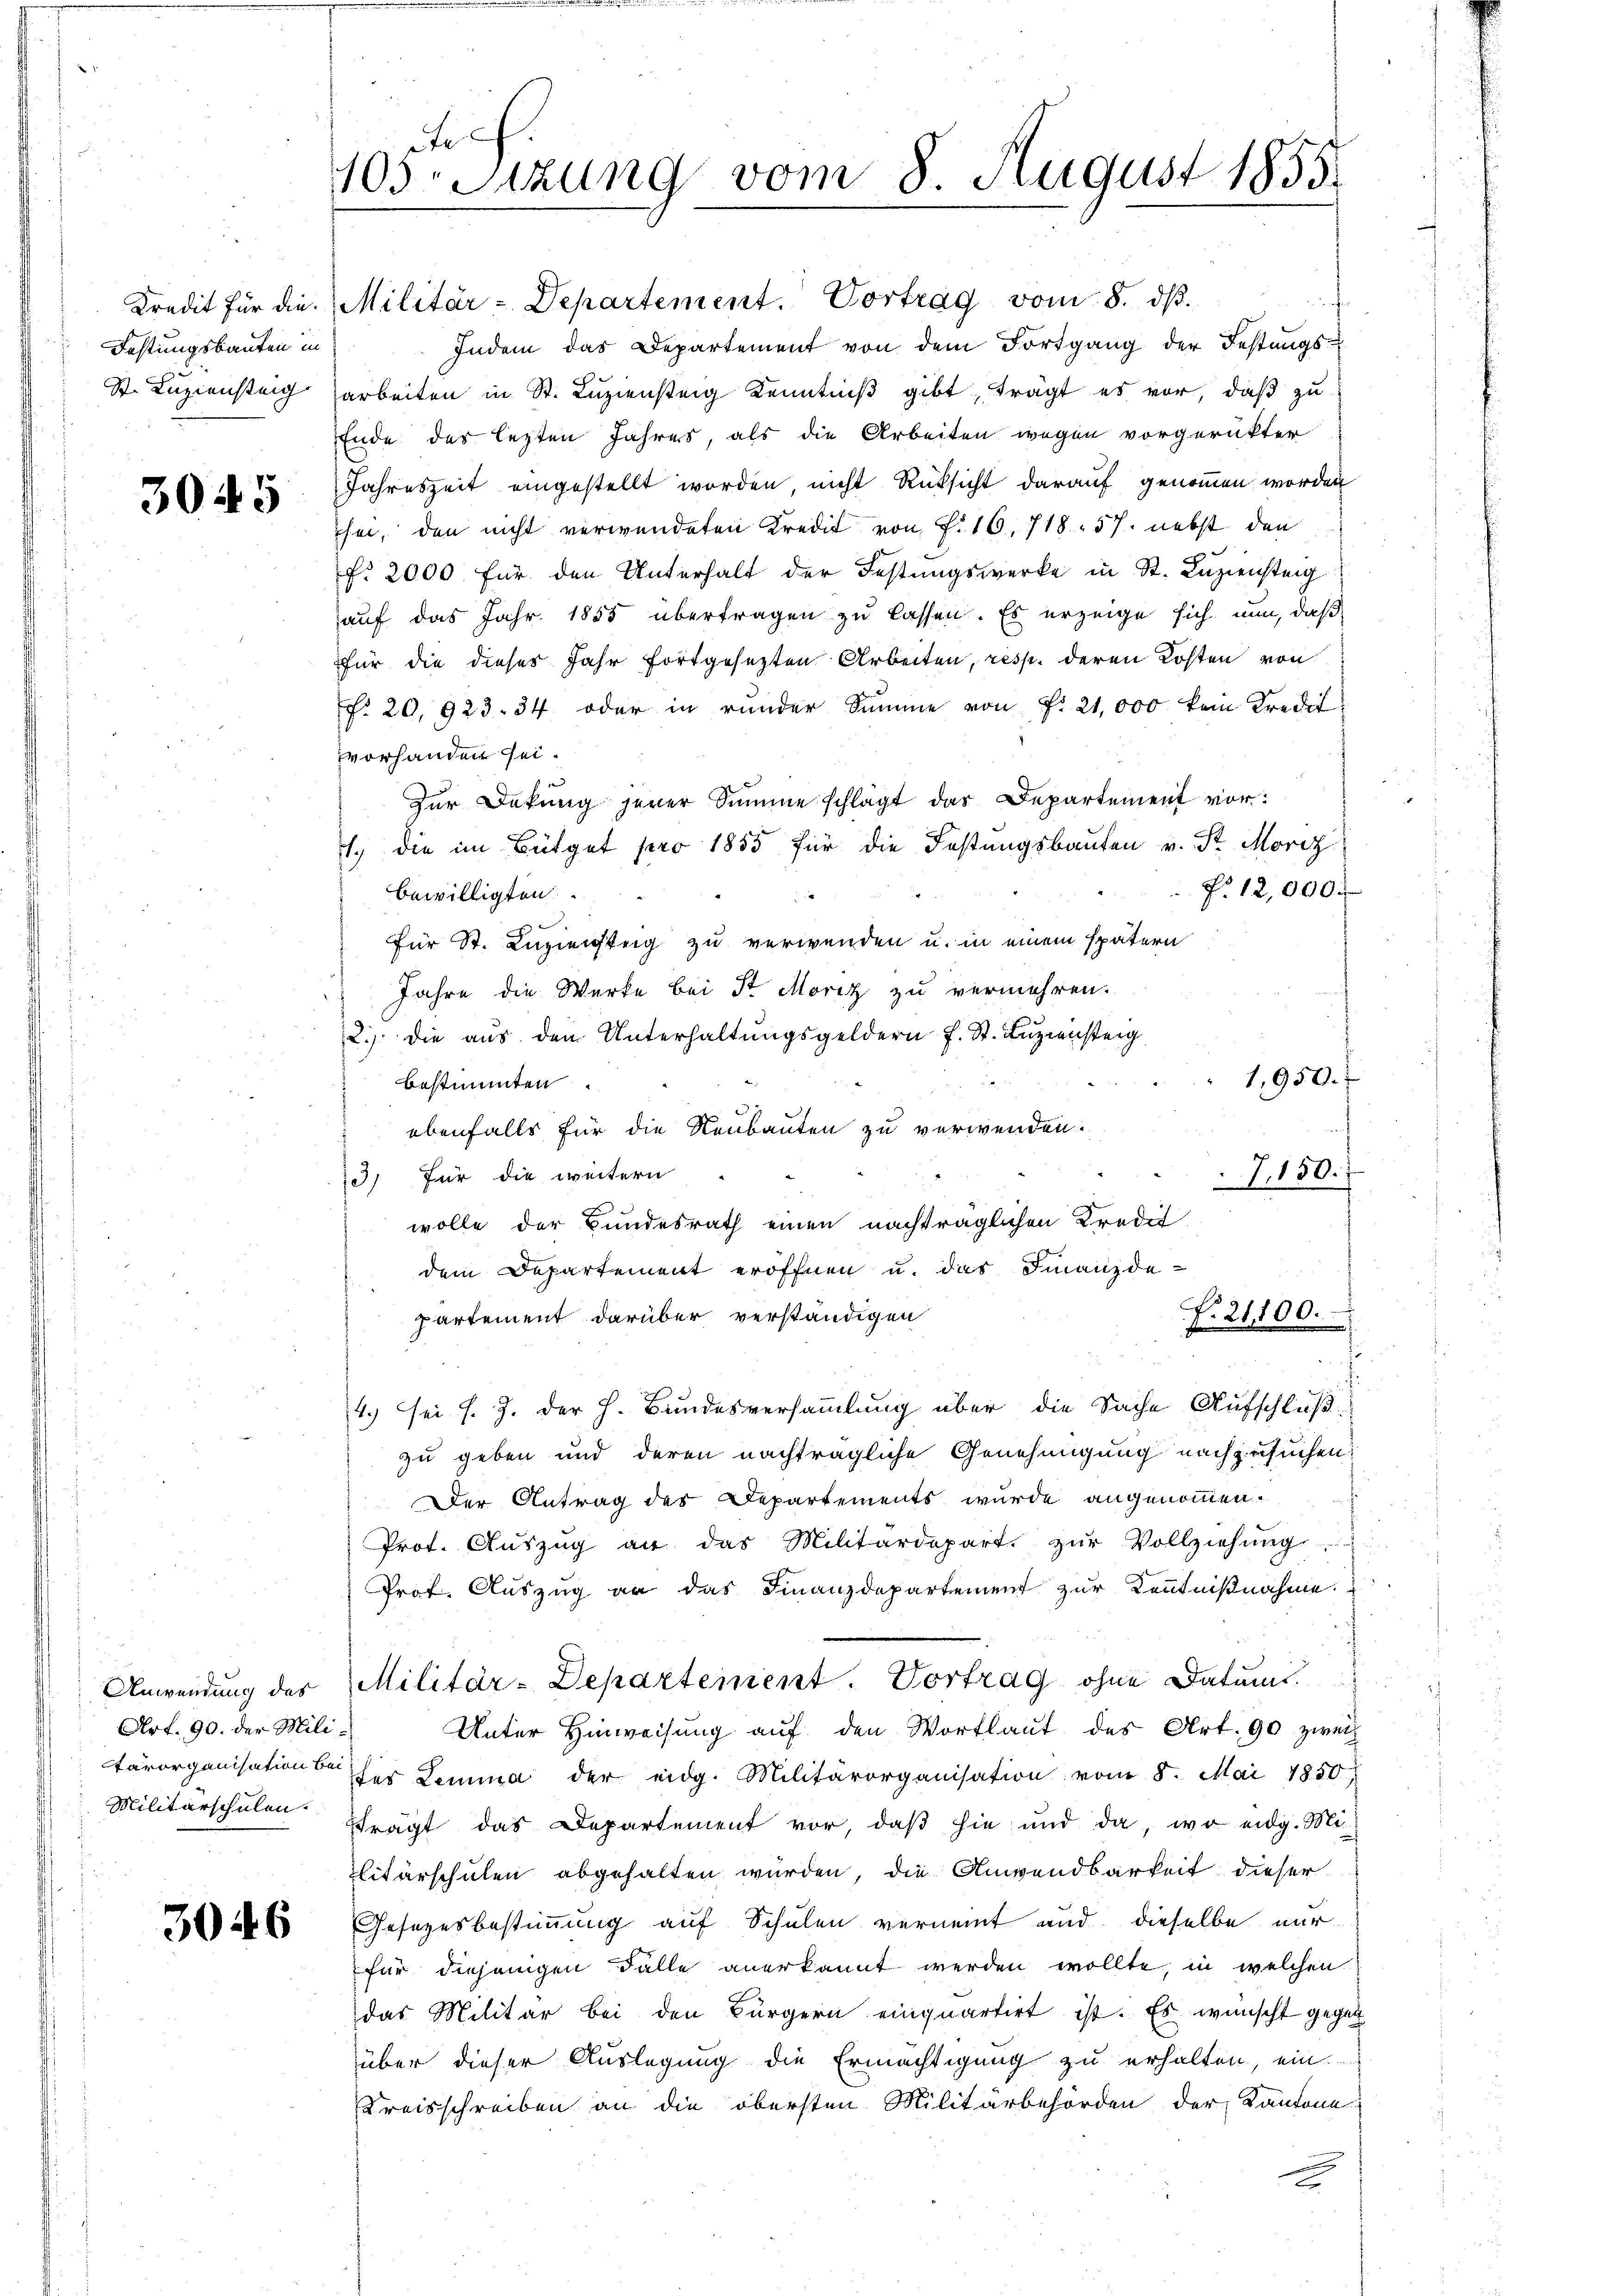
Kredit für die
Festungsbauten in
St. Luziensteig

3045

Anwendung des
Art. 90. der Mili¬
Militärschulen.

3046

ef.
103. Sizung vom 8. August 1855

Militär-Departement. Vortrag vom 8. ds.
Indem das Departement von dem Fortgang der Festŭngs-
arbeiten in St. Luziensteig Kenntniß gibt, trägt es vor, daß zu
Ende des lezten Jahres, als die Arbeiten wegen vorgerükter
Jahreszeit eingestellt worden, nicht Rücksicht darauf genommen worden
sei, den nicht verwendeten Kredit von F. 16. 718. 57. nebst den
f. 2000 für den Unterhalt der Festungswerke in St. Luziensteig
auf das Jahr 1855 übertragen zu lassen. Es erzeige sich nun, daß
für die dieser Jahr fortgesezten Arbeiten, resp. deren Kosten von
f. 20, 923. 34 oder in runder Summe von f. 21,000 kein Kredit
vorhanden sei.
Zur Dekŭng jener Summe schlägt dar Departement vor.
1. die im Büdget pro 1855 für die Festungsbauten v. St. Moriz
P. 12,000.
bewilligten.
t
für St. Luziensteg zu verwenden u. in einem spätern
Jahre die Werke bei St. Moriz zu vermehren.
2.) die aus den Unterhaltŭngsgeldern f. St. Lŭziensteig
1,950.
bestimmten
ebenfalls für die Neubauten zu verwenden.
3) für die weitern
7.150.
wolle der Bundesrath einen nachträglichen Kredit
dem Departement eröffnen u. das Finanzde-
f. 21100.
partement darüber verständigen
h
4.) sei s. Z. der h. Bundesversammlung über die Sache Aufschluß
zu geben und deren nachträgliche Genehmigung nachzusuchen.
Der Antrag des Departements wurde angenommen.
Prot. Auszug an das Militärdepart. zŭr Vollziehung
Prof. Auszug an das Finanzdepartement zur Kenntnißnahme.
Militär-Departement. Vortrag ohne Datum
Unter Hinweisung auf den Wortlaut des Art. 90 zwei
tärorganisation der Lemma der eidg. Militärorganisation vom 8. Mai 1850
fträgt das Departement vor, daß hie und da, wo eidg. Mi
Elitärschulen abgehalten wurden, die Anwendbarkeit dieser
Gesezesbestimmung auf Schulen vernennt und dieselbe nur
für diejenigen Falle anerkannt werden wollte, in welchen
das Militär bei den Bürgern einquartirt ist. Es wünscht gegen
über dieser Auslegung die Ermächtigung zu erhalten, ein
Kreisschreiben an die obersten Militärbehörden der Kantone
x